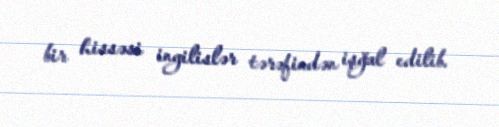
bir hissəsi ingilislər tərəfindən işğal edilib.